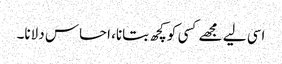
اسی لیے مجھے کسی کو کچھ بتانا، احساس دلانا۔